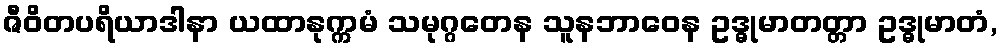
ဇီဝိတပရိယာဒါနာ ယထာနုက္ကမံ သမုဂ္ဂတေန သူနဘာဝေန ဥဒ္ဓုမာတတ္တာ ဥဒ္ဓုမာတံ,